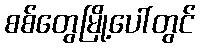
စစ်တွေမြို့ပေါ်တွင်